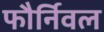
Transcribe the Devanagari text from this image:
फौर्निवल